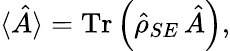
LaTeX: \langle\hat{A}\rangle=\textrm{Tr}\left(\hat{\rho}_{SE}\, \hat{A}\right),